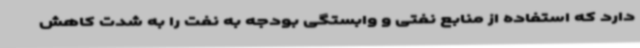
دارد که استفاده از منابع نفتی و وابستگی بودجه به نفت را به شدت کاهش